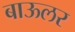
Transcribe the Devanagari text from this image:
बाऊलर